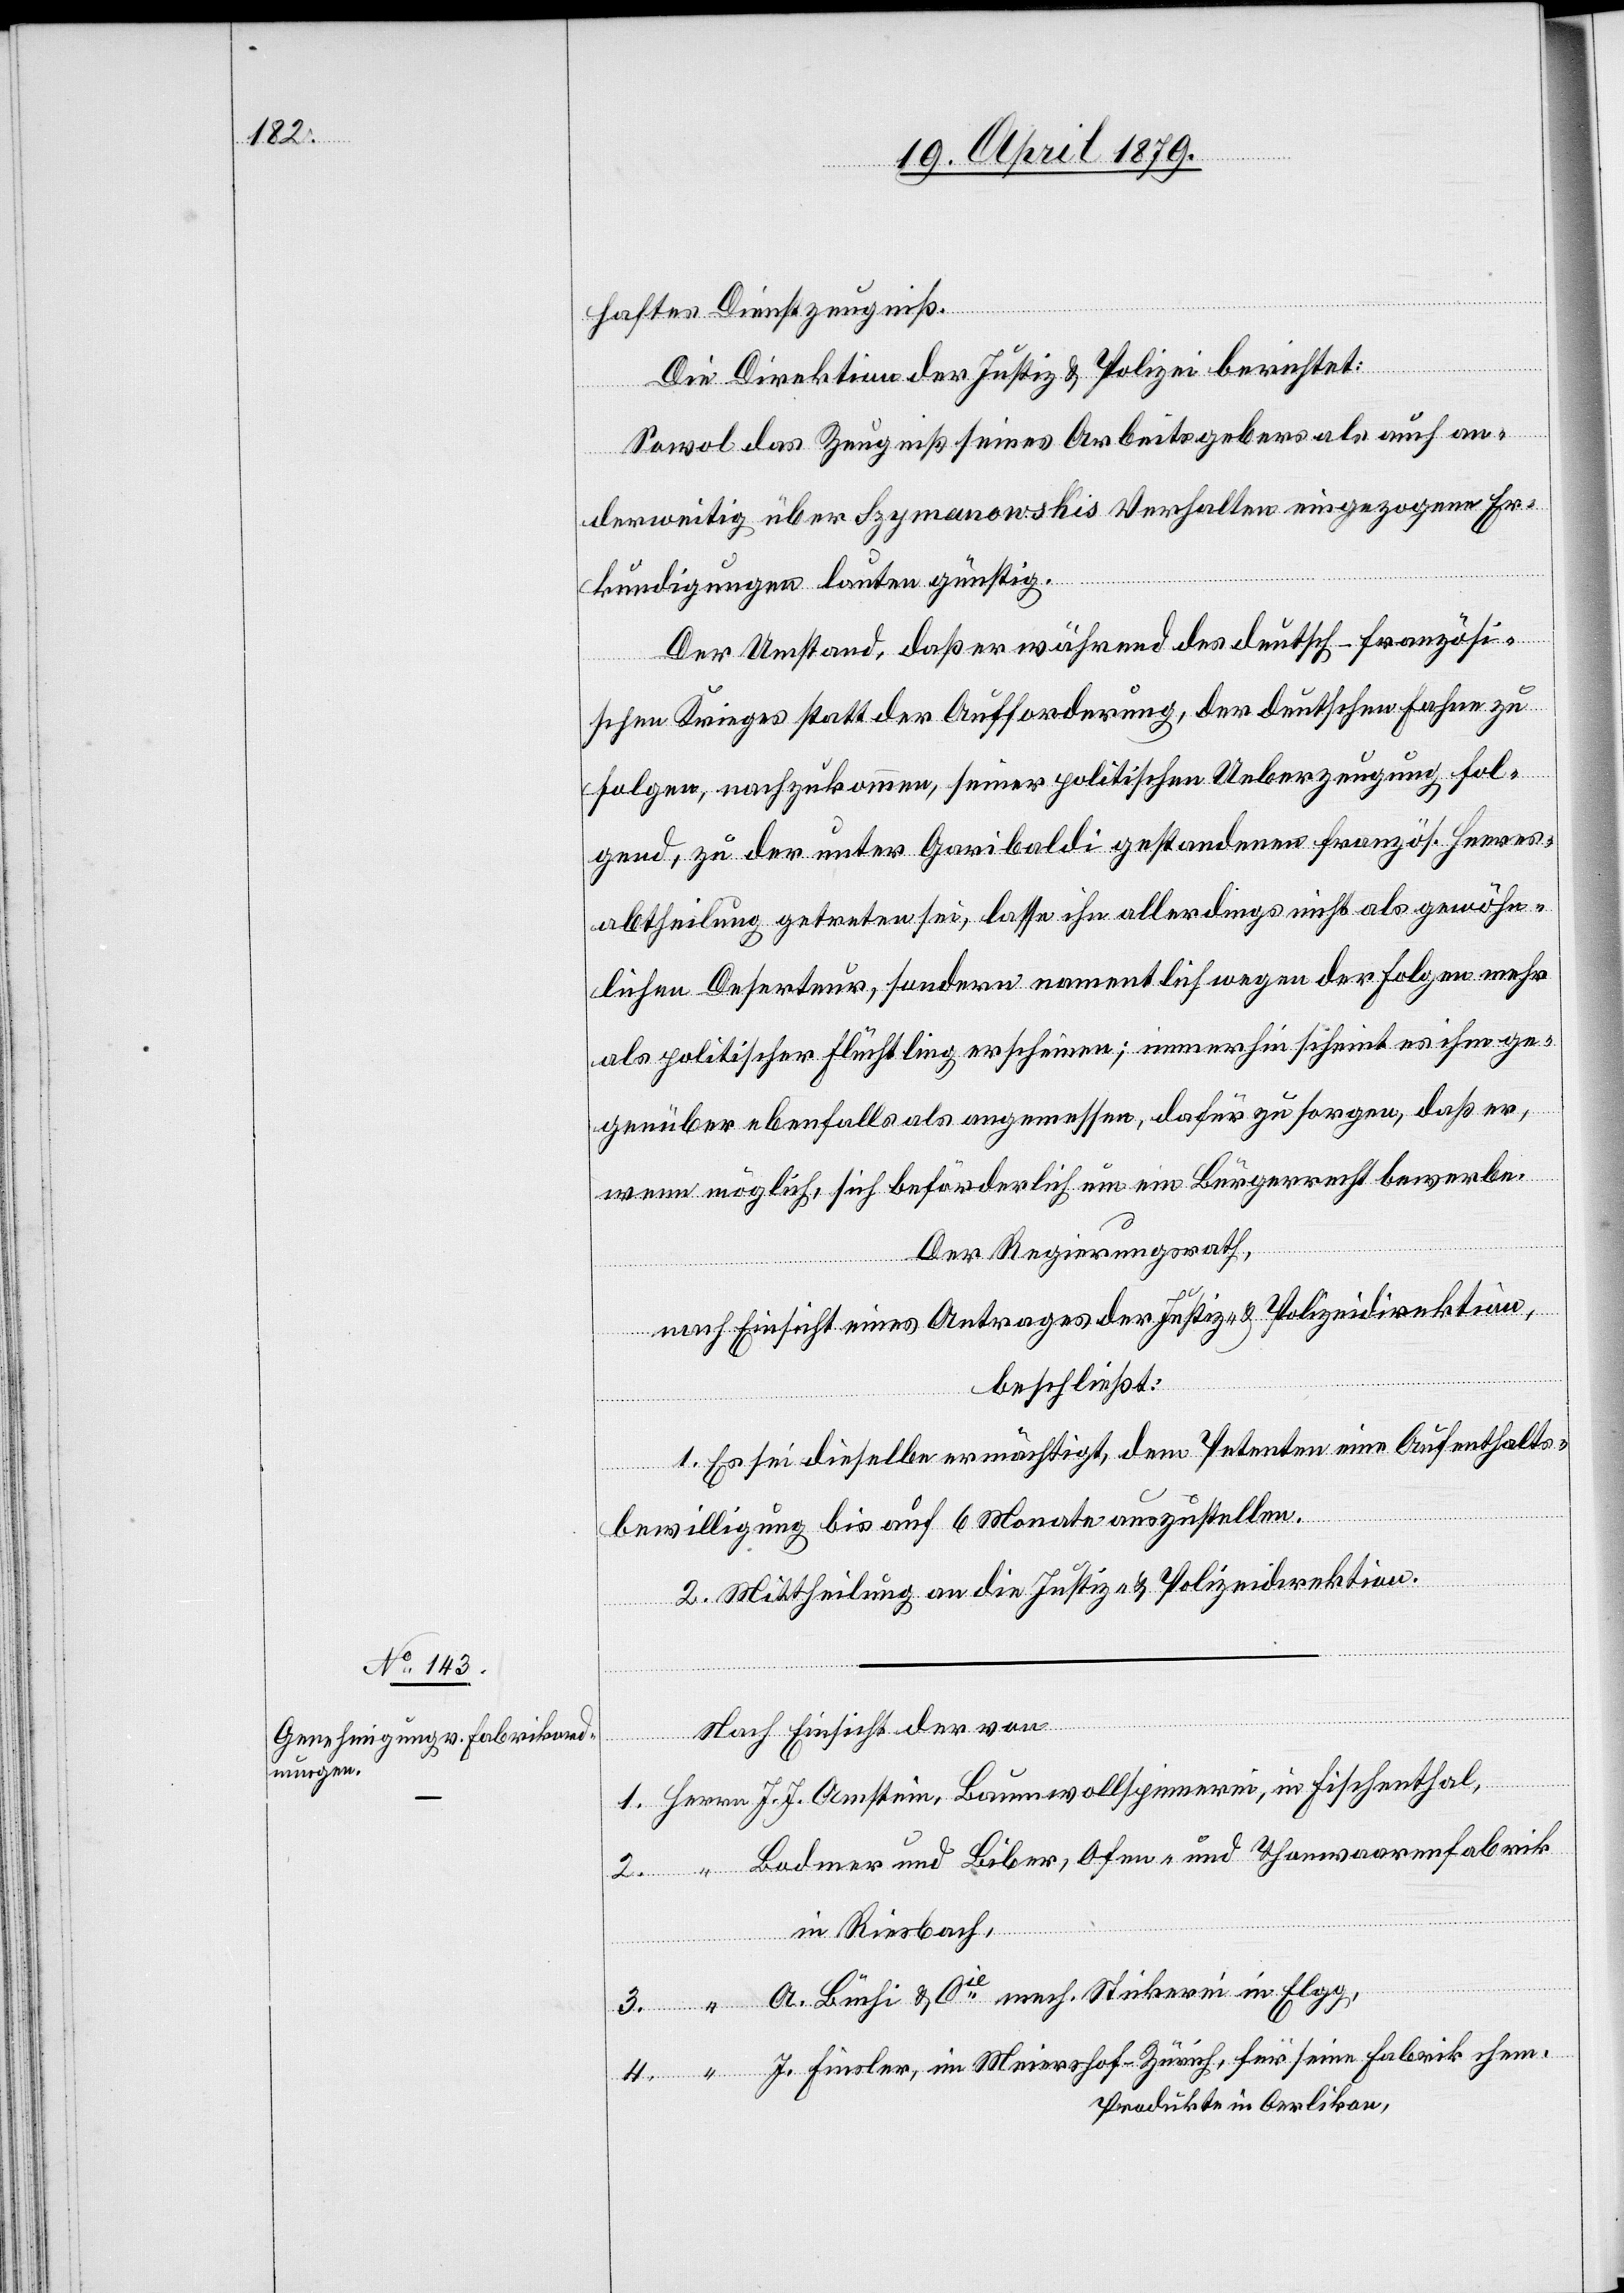
haftes Dienstzeugniß.
Die Direktion der Justiz & Polizei berichtet:
Sowol das Zeugniß seines Arbeitsgebers als auch an¬
derweitig über Szymanowskis Verhalten eingezogene Er¬
kundigungen lauten günstig.
Der Umstand, daß er während des deutsch-französi¬
schen Krieges statt der Aufforderung, der deutschen Fahne zu
folgen, nachzukommen, seiner politischen Ueberzeugung fol¬
gend, zu der unter Garibaldi gestandenen französ. Heeres¬
abtheilung getreten sei, lasse ihn allerdings nicht als gewöhn¬
lichen Deserteur, sondern namentlich wegen der Folgen mehr
als politischer Flüchtling erscheinen; immerhin scheint es ihm ge¬
genüber ebenfalls als angemessen, dafür zu sorgen, daß er,
wenn möglich, sich beförderlich um ein Bürgerrecht bewerbe.
Der Regierungsrath,
nach Einsicht eines Antrages der Justiz- & Polizeidirektion,
beschließt:
1. Es sei dieselbe ermächtigt, dem Petenten eine Aufenthalts¬
pinnerei,
bewilligung bis auf 6 Monate auszustellen.
2. Mittheilung an die Justiz- & Polizeidirektion.
Nach Einsicht der von
4.
Bodmer und Biber, Ofen- und Thonwaarenfabrik
3.
in Riesbach,
A. Büchi & Cie mech. Stickerei in Elgg,
J. Finsler, im Meiershof - Zürich, für seine Fabrik chem.
Produkte in Oerlikon,

“